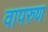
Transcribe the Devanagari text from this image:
वापरुण